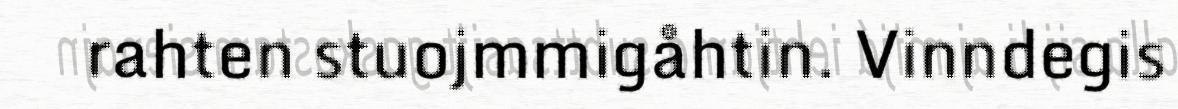
rahten stuojmmigåhtin. Vinndegis